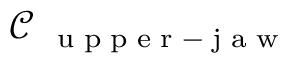
\mathcal { C } _ { \mathrm { ~ \tiny ~ u ~ p ~ p ~ e ~ r ~ - ~ j ~ a ~ w ~ } }